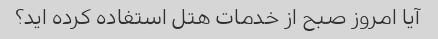
آیا امروز صبح از خدمات هتل استفاده کرده اید؟